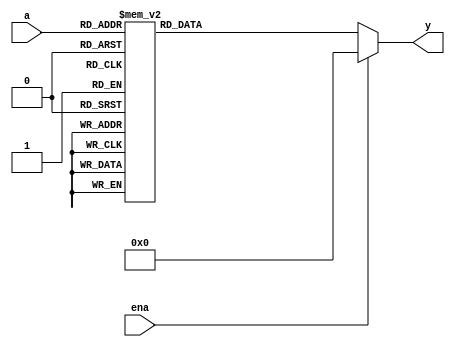


module decoder3e_test(a,ena,y);
  input [2:0] a;
  input ena;
  output reg [7:0] y; 

  


always @(*)begin
  if(ena) y = 0;
  else begin
    case(a)
        3'b000: y = 8'b0000_0001;
        3'b001: y = 8'b0000_0010;
        3'b010: y = 8'b0000_0100;
        3'b011: y = 8'b0000_1000;
        3'b100: y = 8'b0001_0000;
        3'b101: y = 8'b0010_0000;
        3'b110: y = 8'b0100_0000;
        3'b111: y = 8'b1000_0000;
    
    endcase
  end
end





endmodule